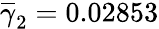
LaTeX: \overline{\gamma}_{2}=0.02853